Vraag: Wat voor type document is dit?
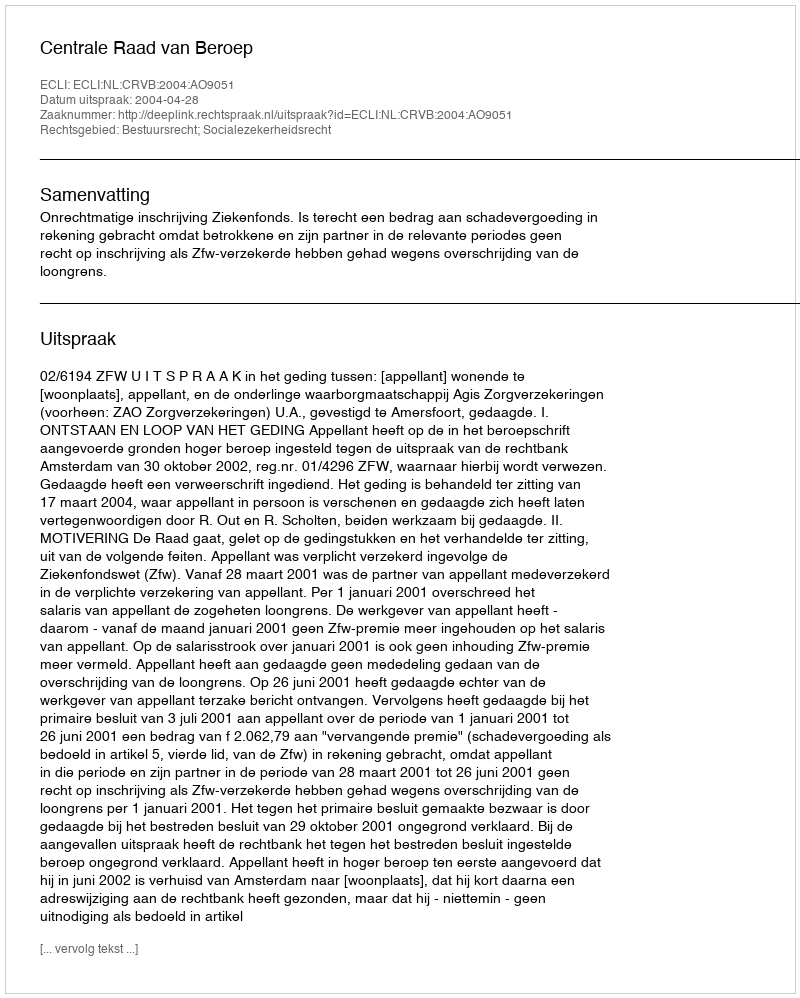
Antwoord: Uitspraak